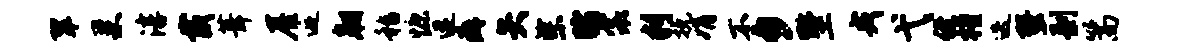
翠巢淳戴葺屋逅翱嵇慷迸癖矢柴睹裳判挽娟不夕墅戎弋侄槿迭蛩剥篙